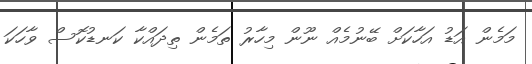
މަމެން އަޑު އަހާކަށް ބޭނުމެއް ނޫން މިހާރު ތަމެން ތިދައްކާ ކަނޑުކޮސް ވާހަކަ